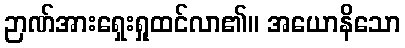
ဉာဏ်အားရှေးရှုထင်လာ၏။ အယောနိသော